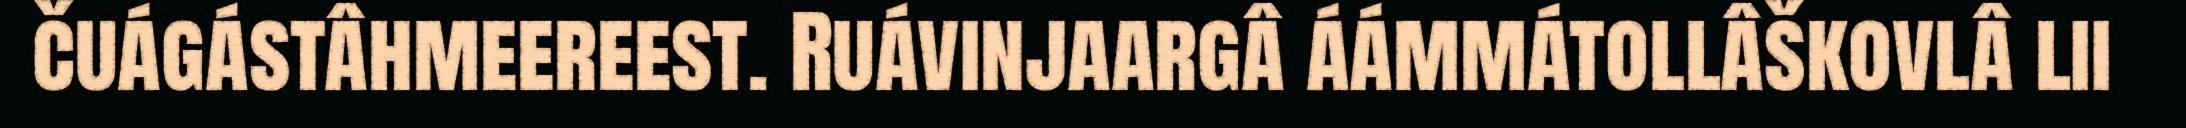
čuágástâhmeereest. Ruávinjaargâ áámmátollâškovlâ lii